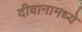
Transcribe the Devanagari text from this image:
दीवानामध्ये